Annual statistical returns and brief notes on vaccination in Bengal - 1887-1898
Year: 1887
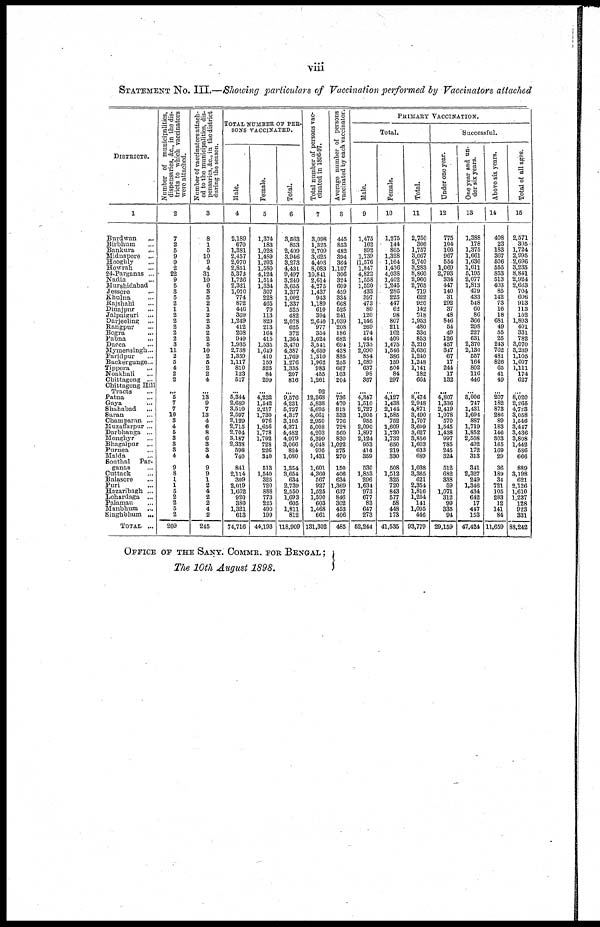
viii
STATEMENT No. III.—Showing particulars of Vaccination performed by Vaccinators attached
DISTRICTS.
1
Burdwan...
Birbhum...
Bankura...
Midnapore...
Hooghly...
Howrah...
24-Parganas ...
Nadia...
Murshidabad...
Jessore...
Khulna...
Rajshahi...
Dinajpur...
Jalpaiguri...
Darjeeling...
Rangpur...
Bogra...
Pabna...
Dacca...
Mymensingh....
Faridpur...
Backergunge...
Tippera...
Noakhali...
Chittagong ...
Chittagong Hill
Tracts
Patna...
Gaya...
Shababad...
Saran...
Champaran ...
Muzaffarpur ...
Darbhanga ...
Monghyr...
Bhagalpur...
Purnea...
Malda...
Sonthal Par-
ganas...
Cuttack...
Balasore...
Puri...
Hazaribagh ...
Lohardaga ...
Palamau...
Manbhum...
Singhbhum ...
TOTAL...
Number of municipalities,
dispensaries, &c, in the dis-
tricts to which vaccinators
were attached.
2
7
2
5
9
9
2
22
9
5
3
5
2
1
2
2
2
2
2
3
11
2
5
4
2
2
...
5
7
7
10
3
4
5
3
3
3
4
9
8
1
1
5
2
2
5
2
209
Number of vaccinators attach-
ed to the municipalities, dis-
pensaries, &c, in the district
during the season.
3
8
1
5
10
9
4
31
10
6
3
3
2
1
2
2
3
2
2
5
10
2
5
2
2
4
...
13
9
7
13
4
6
8
6
3
3
4
9
9
1
2
4
2
2
4
2
245
TOTAL NUMBER OF PER-
SONS VACCINATED.
Male.
4
2,189
670
1,381
2,457
2,070
2,851
5,373
1,726
2,321
1,070
774
872
446
369
1,249
412
208
949
1,935
2,738
1,359
1,117
810
123
517
...
5,344
2,689
3,510
2,597
2,129
2,715
2,704
3,187
2,338
598
740
841
2,114
309
2,019
1,662
920
380
1,321
613
74,716
Female.
5
1,374
183
1,028
1,489
1,203
1,580
4,124
1,514
1,334
307
228
465
79
113
829
213
164
415
1,535
1,649
410
159
525
84
299
...
4,232
1,542
2,217
1,730
976
1,656
1,778
1,792
728
226
310
513
1,540
325
720
888
773
225
490
199
44,193
Total.
6
3,563
853
2,409
3,946
3,273
4,431
9,497
3,240
3,655
1,377
1,002
1,337
525
482
2,078
625
372
1,364
3,470
4,387
1,769
1,276
1,335
207
816
...
9,576
4,231
5,727
4,327
3,105
4,371
4,482
4,979
3,066
824
1,080
1,354
3,654
634
2,739
2,550
1,693
605
1,811
812
118,909
Total number of persons vac-
cinated in 1896-97.
7
3,098
1,325
2,709
3,625
4,403
8,083
10,841
2,614
4,275
1,437
943
1,189
610
394
2,640
977
354
1,624
3,511
4,659
1,310
1,962
983
455
1,261
92
12,368
5,838
5,695
4,661
2,950
5,008
4,203
5,399
4,048
995
1,431
1,601
4,360
567
927
1,525
1,590
603
1,468
661
131,302
Average number of persons
vaccinated by each vaccinator.
8
445
853
482
394
364
1,107
306
324
609
459
334
668
525
241
1,039
208
186
682
694
438
835
255
667
103
204
...
736
470
818
333
776
728
560
830
1,022
275
270
150
406
634
1,369
637
846
302
453
406
485
PRIMARY VACCINATION.
Total.
Male.
9
1,475
162
892
1,739
1,576
1,847
4,822
1,558
1,520
433
397
473
80
120
1,146
269
174
444
1,735
2,090
854
1,089
637
98
387
...
4,347
1,510
2,727
1,905
955
2,090
1,897
2,124
953
414
359
530
1,853
296
1,634
973
677
83
647
273
52,244
Female.
10
1,275
144
865
1,328
1,164
1,436
4,038
1,402
1,245
286
225
447
62
98
807
211
162
409
1,475
1,546
386
159
504
84
297
...
4,127
1,438
2,144
1,585
752
1,609
1,730
1,732
650
219
330
508
1,512
325
720
843
577
58
448
173
41,535
Total.
11
2,750
306
1,757
3,067
2,740
3,283
8,860
2,960
2,765
719
622
920
142
218
1,953
480
336
853
3,210
3,636
1,240
1,218
1,141
182
664
...
8,474
2,948
4,871
3,490
1,707
3,699
3,627
3,856
1,603
633
689
1,038
3,365
621
2,354
1,816
1,254
141
1,095
446
93,779
Successful.
Under one year.
12
775
104
166
967
554
1,069
2,793
334
447
140
31
292
37
48
846
54
49
126
457
347
67
17
244
17
132
...
4,807
1,336
2,419
1,078
570
1,545
1,438
997
785
245
324
512
682
838
59
1,071
312
99
335
94
29,159
One year and un-
der six years.
13
1,388
178
1,375
1,661
1,636
1,611
5,195
2,077
1,813
479
433
548
60
86
866
298
227
631
2,370
2,130
557
164
802
116
446
...
3,006
747
1,431
1,694
887
1,719
1,852
2,508
492
172
313
341
2,327
249
1,346
434
642
17
447
153
47,424
Above six years.
14
408
23
183
367
506
555
853
513
403
85
142
73
16
18
681
49
55
25
243
762
481
826
65
41
49
...
207
182
873
286
89
183
146
303
165
169
29
36
189
34
721
105
283
12
141
84
11,659
Total of all ages.
15
2,571
305
1,724
2,995
2,696
3,235
8,841
2,924
2,663
704
606
913
113
152
1,893
401
331
782
3,070
8,239
1,105
1,007
1,111
174
627
...
8,020
2,265
4,723
3,068
1,546
3,447
3,436
3,808
1,442
586
666
889
3,198
621
2,126
1,610
1,237
128
923
331
88,242
OFFICE OF THE SANY. COMMR. FOR BENGAL ;
The 10th August 1898.